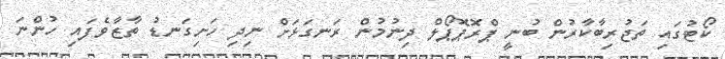
ކޯޓުގައި ތަޖުރިބާކާރުން ބުނީ ޕްރޮޕޮޕޯލް ދިނުމުން ރަނގަޅަށް ނިދި ހަށިގަނޑު ތާޒާވެފައި ހުންނަ